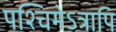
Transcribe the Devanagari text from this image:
पश्चिमेऽत्रापि